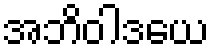
အဘိဝါဒယေ